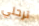
ترحلي